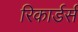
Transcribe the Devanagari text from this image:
रिकार्डर्स